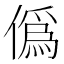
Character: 僞